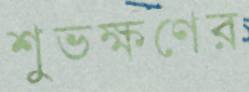
শুভক্ষণের